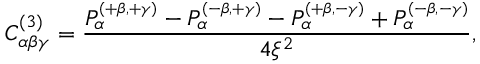
C _ { \alpha \beta \gamma } ^ { ( 3 ) } = \frac { P _ { \alpha } ^ { \scriptscriptstyle { ( + \beta , + \gamma ) } } - P _ { \alpha } ^ { \scriptscriptstyle { ( - \beta , + \gamma ) } } - P _ { \alpha } ^ { \scriptscriptstyle { ( + \beta , - \gamma ) } } + P _ { \alpha } ^ { \scriptscriptstyle { ( - \beta , - \gamma ) } } } { 4 \xi ^ { 2 } } ,